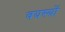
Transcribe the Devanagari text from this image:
वयस्यों